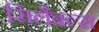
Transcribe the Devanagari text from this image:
सिलैबल्स